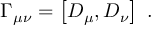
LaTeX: \Gamma _ { \mu \nu } = \left[ D _ { \mu } , D _ { \nu } \right] \ .